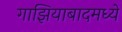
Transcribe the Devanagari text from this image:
गाझियाबादमध्ये